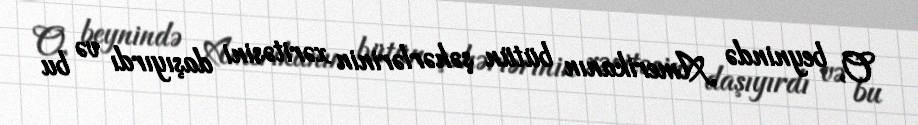
O, beynində Amerikanın bütün şəhərlərinin xəritəsini daşıyırdı və bu